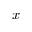
x